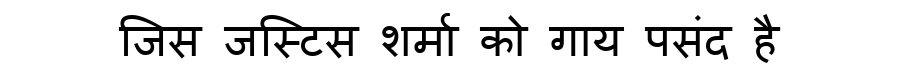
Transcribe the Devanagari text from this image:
जिस जस्टिस शर्मा को गाय पसंद है